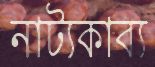
নাট্যকাব্য